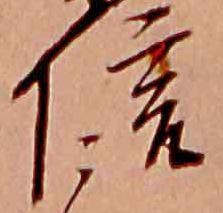
信